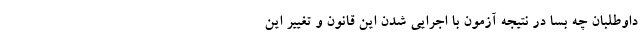
داوطلبان چه بسا در نتیجه آزمون با اجرایی شدن این قانون و تغییر این